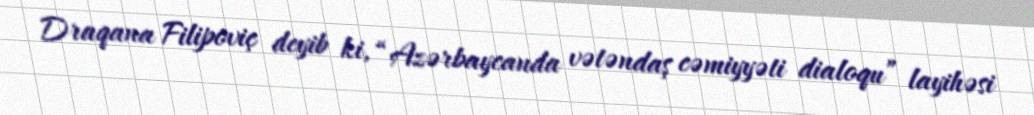
Draqana Filipoviç deyib ki, “Azərbaycanda vətəndaş cəmiyyəti dialoqu” layihəsi